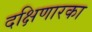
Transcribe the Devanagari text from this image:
दक्षिणारका